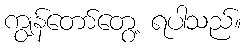
ကျွန်တော်တွေ့ ရပါသည်။